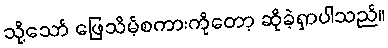
သို့သော် ဖြေသိမ့်စကားကိုတော့ ဆိုခဲ့ရှာပါသည်။